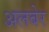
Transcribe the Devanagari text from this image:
अलबेर